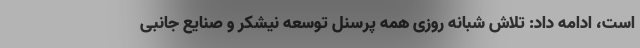
است، ادامه داد: تلاش شبانه روزی همه پرسنل توسعه نیشکر و صنایع جانبی